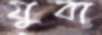
যুবা